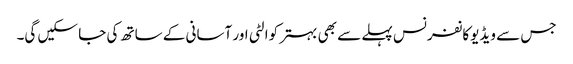
جس سے ویڈیوکانفرنس پہلے سے بھی بہتر کوالٹی اور آسانی کے ساتھ کی جا سکیں گی۔